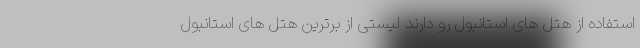
استفاده از هتل های استانبول رو دارند لیستی از برترین هتل های استانبول